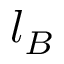
l _ { B }